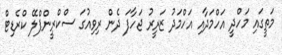
މަތީގައި މަހްދީ އަހްމަދާއި އަހްމަދު ޒަރީރު ޖަހާފަ ދެން ރިވިއުގަ ސްކްރީންޕްލޭ ކްރެޑިޓް